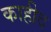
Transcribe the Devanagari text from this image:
काहीद